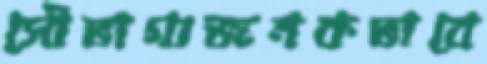
সৌভাগ্যজনকভাবে